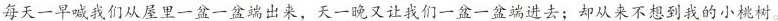
每天一早喊我们从屋里一盆一盆端出来，天一晚又让我们一盆一盆端进去；却从来不想到我的小桃树。